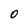
Character: 0